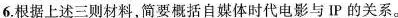
6根据上述三则材料简要概括自媒体时代电影与IP的关系